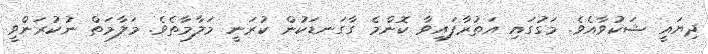
ދިޔައީ ޝަކުވާއެވެ. މަގުގައި އަތުރާފައިވާ ކޮންމެ ގާގަނޑަކުން ކުރަނީ މަލާމާތެވެ. މަލާމަތް ނުކުރަންވީ